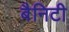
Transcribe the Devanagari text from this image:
बैनिटी